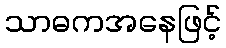
သာဓကအနေဖြင့်